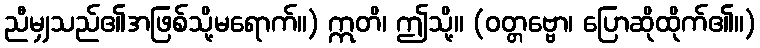
ညီမျှသည်၏အဖြစ်သို့မရောက်။) ဣတိ၊ ဤသို့။ (ဝတ္တဗ္ဗော၊ ပြောဆိုထိုက်၏။)